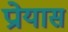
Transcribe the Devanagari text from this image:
प्रोयास